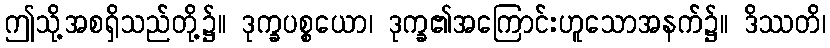
ဤသို့အစရှိသည်တို့၌။ ဒုက္ခပစ္စယော၊ ဒုက္ခ၏အကြောင်းဟူသောအနက်၌။ ဒိဿတိ၊